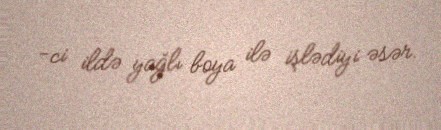
-ci ildə yağlı boya ilə işlədiyi əsər.